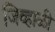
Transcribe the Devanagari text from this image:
जिव्हाळी